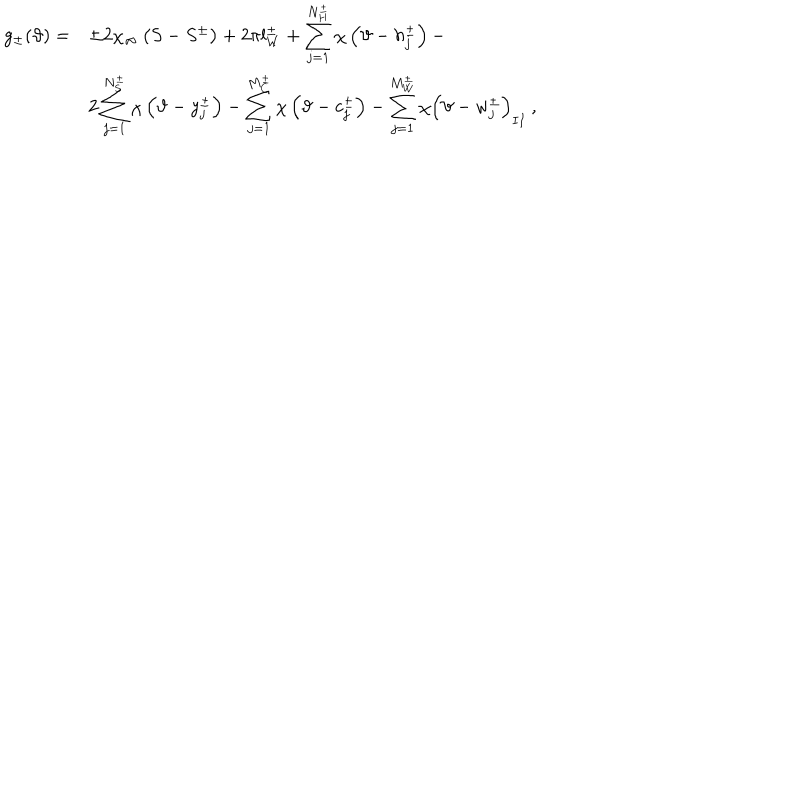
\begin{array} { r l } { { \displaystyle g _ { \pm } ( \vartheta ) = } } & { { \pm 2 \chi _ { \infty } \left( S - S ^ { \pm } \right) + 2 \pi l _ { W } ^ { \pm } + \displaystyle \sum _ { j = 1 } ^ { N _ { H } ^ { \pm } } \chi \left( \vartheta - h _ { j } ^ { \pm } \right) - } } \\ { { } } & { { 2 \displaystyle \sum _ { j = 1 } ^ { N _ { S } ^ { \pm } } \chi \left( \vartheta - y _ { j } ^ { \pm } \right) - \displaystyle \sum _ { j = 1 } ^ { M _ { C } ^ { \pm } } \chi \left( \vartheta - c _ { j } ^ { \pm } \right) - \displaystyle \sum _ { j = 1 } ^ { M _ { W } ^ { \pm } } \chi \left( \vartheta - w _ { j } ^ { \pm } \right) _ { I I } \: , } } \\ \end{array}